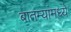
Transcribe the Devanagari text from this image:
बातम्यांमध्ये